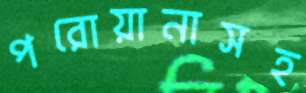
পরোয়ানাসহ